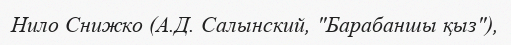
Нило Снижко (А.Д. Салынский, "Барабаншы қыз"),